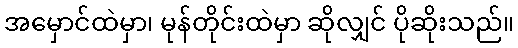
အမှောင်ထဲမှာ၊ မုန်တိုင်းထဲမှာ ဆိုလျှင် ပိုဆိုးသည်။